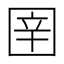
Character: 𭍤